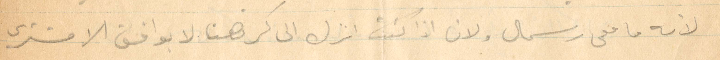
لانه ما معي رسمال ولان اذا كنت انزل الى كرتهنا لا يوافق الا مشترى